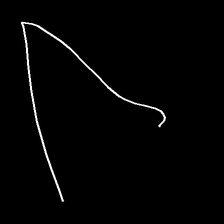
Glyph: region